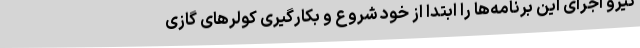
نیرو اجرای این برنامه‌ها را ابتدا از خود شروع و بکارگیری کولرهای گازی